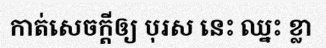
កាត់សេចក្តីឲ្យ បុរស នេះ ឈ្នះ ខ្លា